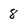
Character: 8